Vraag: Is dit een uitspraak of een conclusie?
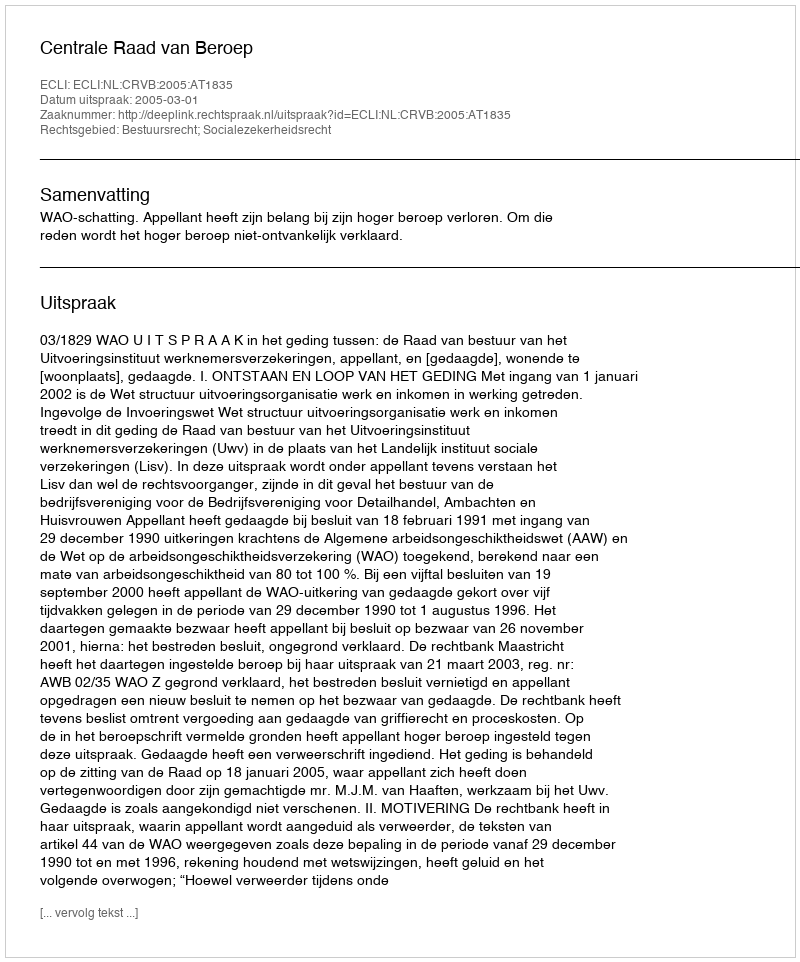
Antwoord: Uitspraak